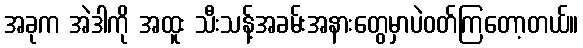
အခုက အဲဒါကို အထူး သီးသန့်အခမ်းအနားတွေမှာပဲဝတ်ကြတော့တယ်။